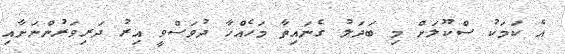
އެ ކަމަކު ސްކޫލަށް މި ބަދަލު ގެނައިތާ މަހެއްހާ ދުވަސްވީ އިރު ދަރިވަރުންނަށާއި